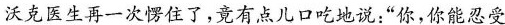
沃克医生再一次愣住了，竟有点儿口吃地说：”你，你能忍受